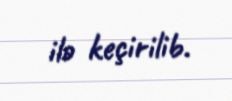
ilə keçirilib.